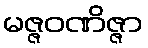
မဇ္ဇဝဏိဇ္ဇာ